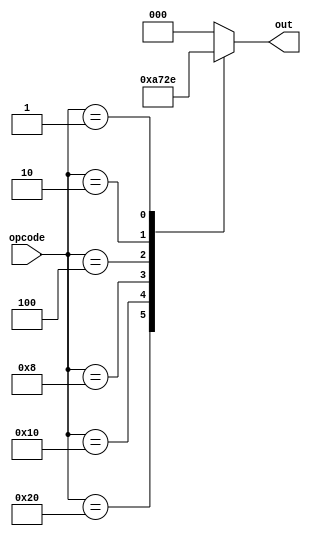
`timescale 1ns / 1ps
//////////////////////////////////////////////////////////////////////////////////
// Company: 
// Engineer: 
// 
// Design Name: 
// Module Name:    OpcodeSelector 
// Project Name: 
// Target Devices: 
// Tool versions: 
// Description: 
//
// Dependencies: 
//
// Revision: 
// Revision 0.01 - File Created
// Additional Comments: 
//
//////////////////////////////////////////////////////////////////////////////////
module OpcodeSelector(
    input [5:0] opcode,
    output reg [2:0] out
    );
always @ (*)
    begin
        case (opcode)
			6'b000000: out = 3'b000; 
			6'b100000: out = 3'b001; 
			6'b010000: out = 3'b010; 
			6'b001000: out = 3'b011; 
			6'b000100: out = 3'b100; 
			6'b000010: out = 3'b101; 
			6'b000001: out = 3'b110; 
			default: out = 3'b000;
		endcase 
	end
endmodule